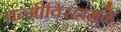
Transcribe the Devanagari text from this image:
पत्‍नीविरहामुळे